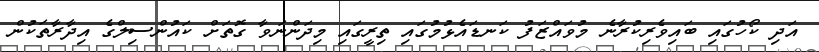
އަދި ކޯހުގައި ބައިވެރިކުރާނެ މުވައްޒަފު ކަނޑައެޅުމުގައި ތިރީގައި މިދަންނަވާ ގޮތަށް ކައުންސިލްގެ އިދާރާތަކުން